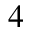
_ { 4 }